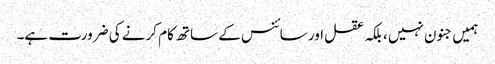
ہمیں جنون نہیں ، بلکہ عقل اور سائنس کے ساتھ کام کرنے کی ضرورت ہے۔